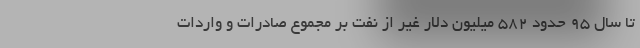
تا سال 95 حدود 582 میلیون دلار غیر از نفت بر مجموع صادرات و واردات